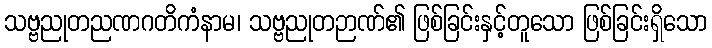
သဗ္ဗညုတညဏဂတိကံနာမ၊ သဗ္ဗညုတဉာဏ်၏ ဖြစ်ခြင်းနှင့်တူသော ဖြစ်ခြင်းရှိသော